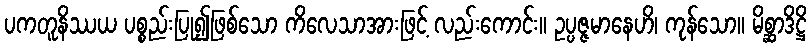
ပကတူနိဿယ ပစ္စည်းပြု၍ဖြစ်သော ကိလေသာအားဖြင့် လည်းကောင်း။ ဥပ္ပဇ္ဇမာနေဟိ၊ ကုန်သော။ မိစ္ဆာဒိဋ္ဌိ